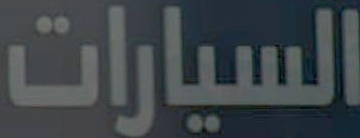
السيارات